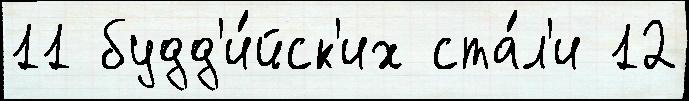
11 будд'и́йск'их ста́л'и 12